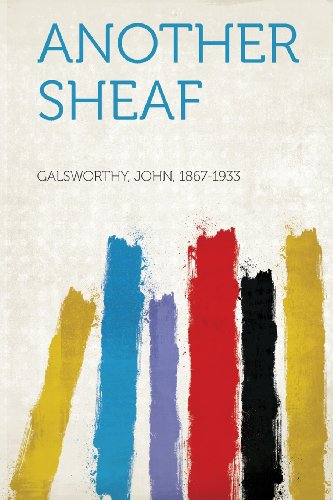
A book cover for Another Sheaf; Galsworthy John 1867-1933; Crafts, Hobbies & Home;